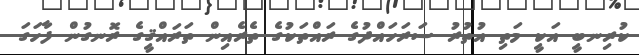
ކުރިނބީ އަކީ މަތި އުތުރު ސަރަހައްދުގެ ރައްތަކުގެ ތެރެއިން ތަރައްޤީގެ ރޮނގުން ފާހަގަ